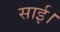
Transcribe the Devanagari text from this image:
साई।